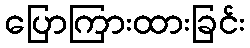
ပြောကြားထားခြင်း